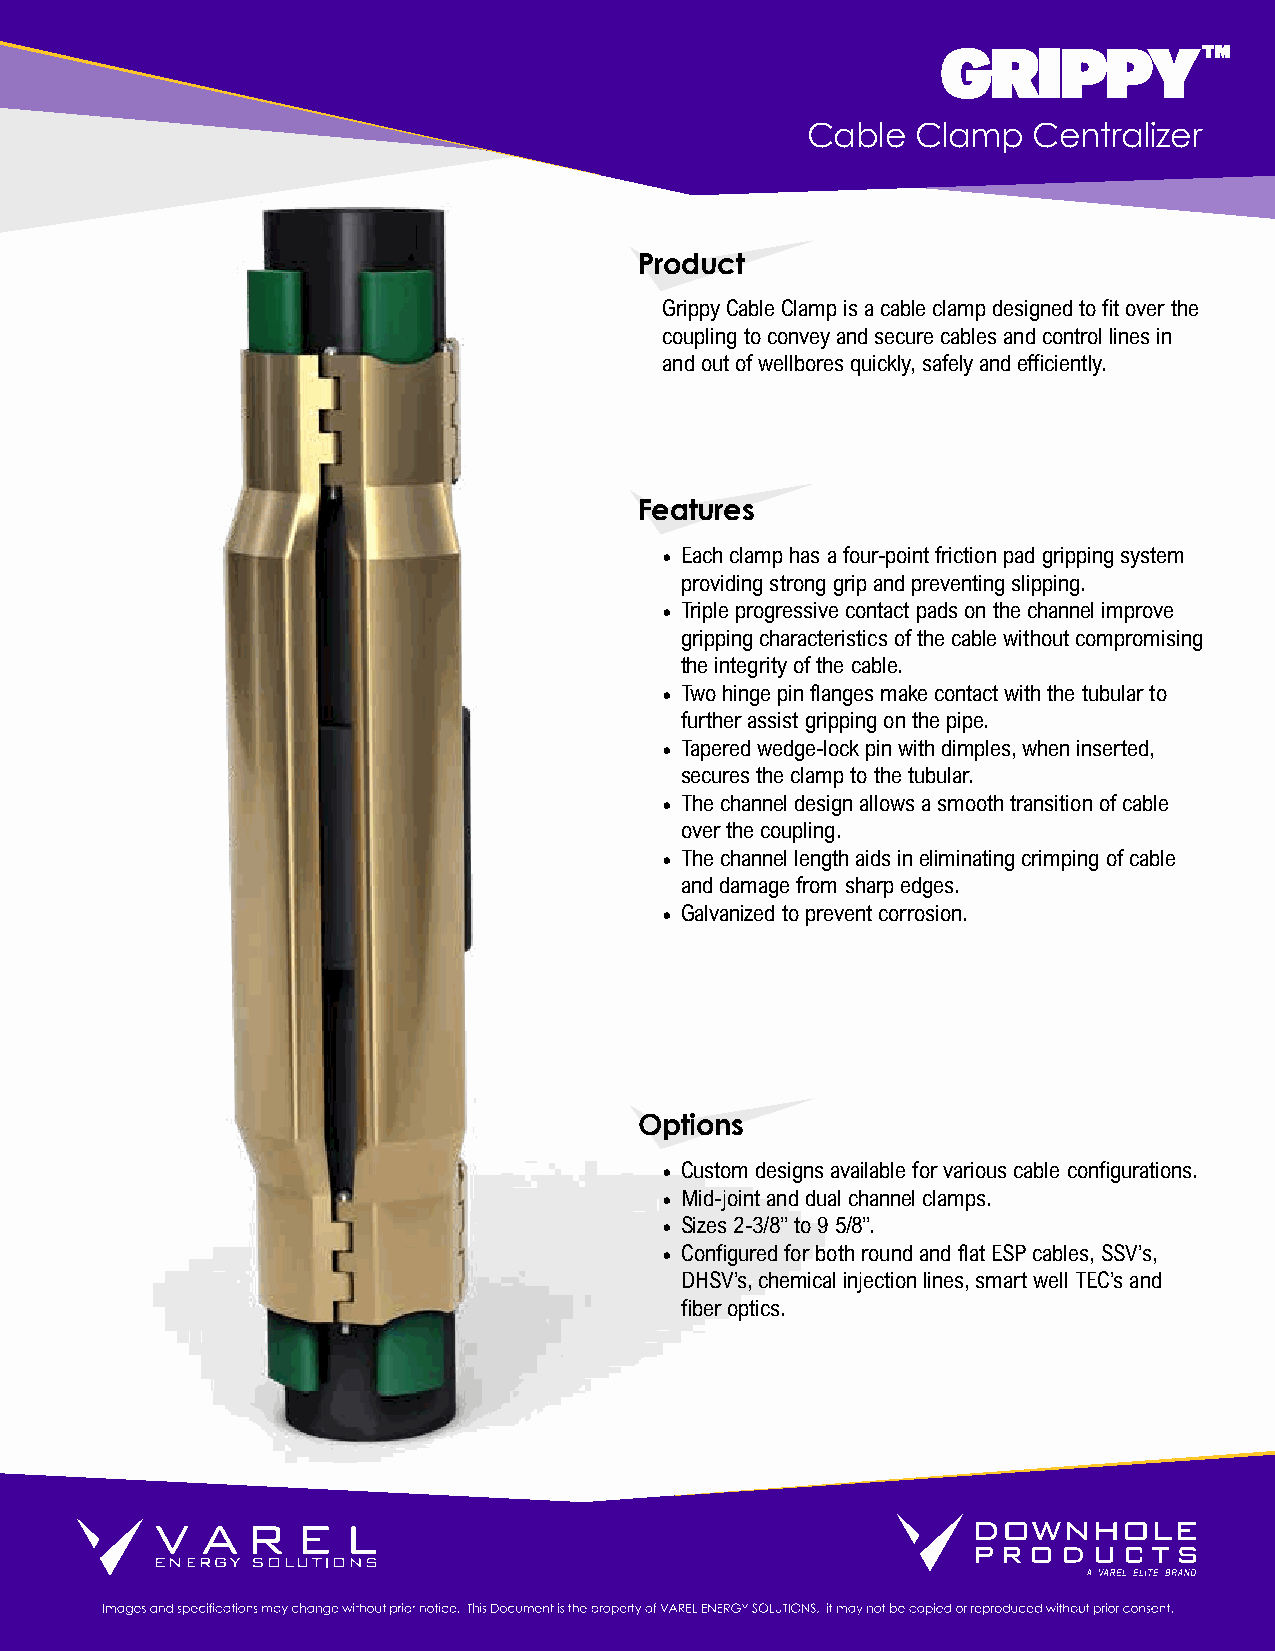
GRIPPY™
 Cable   Clamp  Centralizer
 Product
 Grippy Cable Clamp is a cable clamp designed to fit over the
 coupling to convey and secure cables and control lines in
 and out of wellbores quickly, safely and efficiently.
 Features
 • Each clamp has a four-point friction pad gripping system
 providing strong grip and preventing slipping.
 • Triple progressive contact pads on the channel improve
 gripping characteristics of the cable without compromising
 the integrity of the cable.
 • Two hinge pin flanges make contact with the tubular to
 further assist gripping on the pipe.
 • Tapered wedge-lock pin with dimples, when inserted,
 secures the clamp to the tubular.
 • The channel design allows a smooth transition of cable
 over the coupling.
 • The channel length aids in eliminating crimping of cable
 and damage from sharp edges.
 • Galvanized to prevent corrosion.
 Options
 • Custom designs available for various cable configurations.
 • Mid-joint and dual channel clamps.
 • Sizes 2-3/8” to 9 5/8”.
 • Configured for both round and flat ESP cables, SSV’s,
 DHSV’s, chemical injection lines, smart well TEC’s and
 fiber optics.